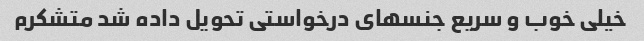
خیلی خوب و سریع جنسهای درخواستی تحویل داده شد متشکرم